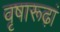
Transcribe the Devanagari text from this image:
वृषारूढ़ां